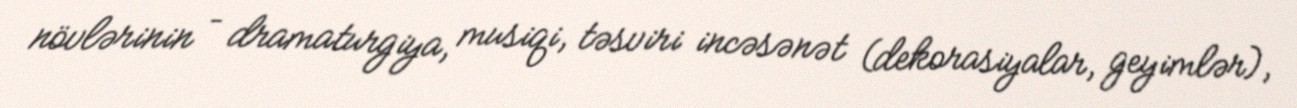
növlərinin – dramaturgiya, musiqi, təsviri incəsənət (dekorasiyalar, geyimlər),